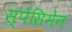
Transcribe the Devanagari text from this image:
स्पेसिमेन